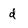
Character: d